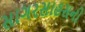
સાગરસાહસની